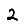
Digit: 2